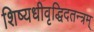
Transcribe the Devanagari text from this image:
शिष्यधीवृद्धिदतन्त्रम्